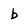
Character: b